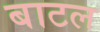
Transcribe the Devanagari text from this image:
बाटल